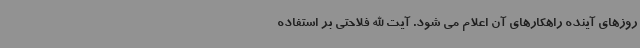
روزهای آینده راهکارهای آن اعلام می شود. آیت الله فلاحتی بر استفاده